Source: Handwritten
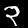
Digit: ၃ (3)